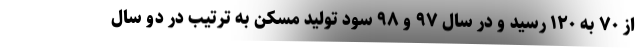
از ۷۰ به ۱۲۰ رسید و در سال ۹۷ و ۹۸ سود تولید مسکن به ترتیب در دو سال